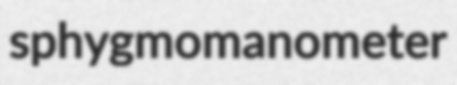
sphygmomanometer